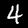
Digit: 4